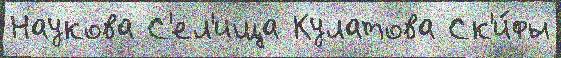
Наукова С'ел'ища Кулатова Ск'и́фы